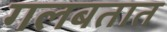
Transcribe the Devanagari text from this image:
गलबतात